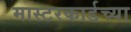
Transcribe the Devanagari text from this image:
मास्टरकार्डच्या